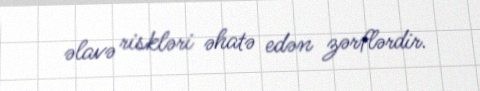
əlavə riskləri əhatə edən zərflərdir.